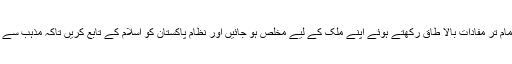
نیز ہمیں چاہیے کہ اپنے تمام تر مفادات بالا طاق رکھتے ہوئے اپنے ملک کے لیے مخلص ہو جائیں اور نظام پاکستان کو اسلام کے تابع کریں تاکہ مذہب سے دور ی کا خاتمہ ہو سکے۔